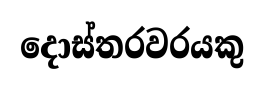
දොස්තරවරයකු